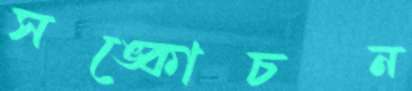
সঙ্কোচন